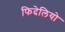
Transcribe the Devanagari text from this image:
फिदेलियो